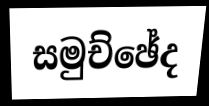
සමුච්ඡේද